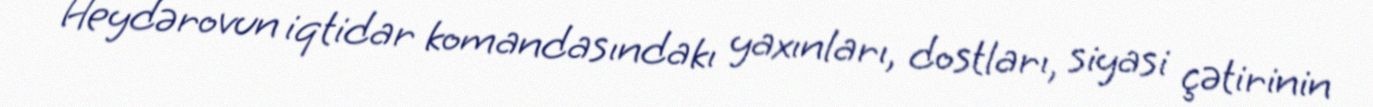
Heydərovun iqtidar komandasındakı yaxınları, dostları, siyasi çətirinin